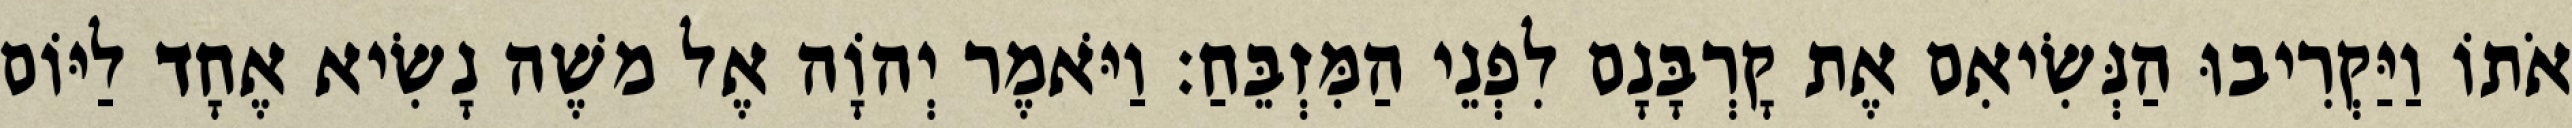
אֹתוֹ וַיַּקְרִיבוּ הַנְּשִׂיאִם אֶת קָרְבָּנָם לִפְנֵי הַמִּזְבֵּחַ׃ וַיֹּאמֶר יְהוָֹה אֶל משֶׁה נָשִׂיא אֶחָד לַיּוֹם